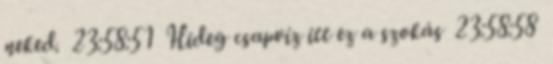
neked. 23:58:51 Hideg csapvíz itt ez a szokás 23:58:58